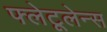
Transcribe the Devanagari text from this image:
फ्लेटूलेन्स